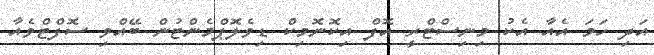
އަދި ހަމަ އެއާ އެކު މިނިސްޓްރީ އޮފް އިކޮނޮމިކް ޑިވެލޮޕްމެންޓުން ބޭއްވި ސޮފްޓްވެއާ